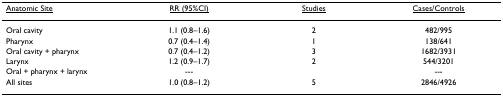
<table><thead><tr><td><b><underline>Anatomic Site</underline></b></td><td><b><underline>RR (95%CI)</underline></b></td><td><b><underline>Studies</underline></b></td><td><b><underline>Cases/Controls</underline></b></td></tr></thead><tbody><tr><td>Oral cavity</td><td>1.1 (0.8–1.6)</td><td>2</td><td>482/995</td></tr><tr><td>Pharynx</td><td>0.7 (0.4–1.4)</td><td>1</td><td>138/641</td></tr><tr><td>Oral cavity + pharynx</td><td>0.7 (0.4–1.2)</td><td>3</td><td>1682/3931</td></tr><tr><td>Larynx</td><td>1.2 (0.9–1.7)</td><td>2</td><td>544/3201</td></tr><tr><td>Oral + pharynx + larynx</td><td>---</td><td></td><td>---</td></tr><tr><td>All sites</td><td>1.0 (0.8–1.2)</td><td>5</td><td>2846/4926</td></tr></tbody></table>